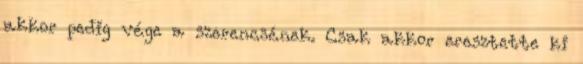
akkor pedig vége a szerencsének. Csak akkor eresztette ki